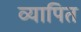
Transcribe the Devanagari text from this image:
व्यापित